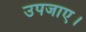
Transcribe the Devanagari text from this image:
उपजाए।